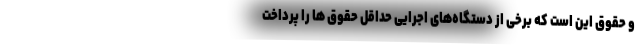
و حقوق این است که برخی از دستگاه‌های اجرایی حداقل حقوق ها را پرداخت